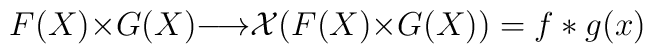
F(X){\times}G(X){\longrightarrow}{\cal X}(F(X){\times}G(X))=f*g(x)